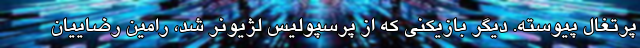
پرتغال پیوسته. دیگر بازیکنی که از پرسپولیس لژیونر شد، رامین رضاییان